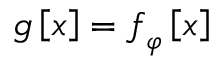
\boldsymbol { \mathscr { g } } \left[ \mathcal { x } \right] = \boldsymbol { \mathscr { f } } _ { \varphi } \left[ \mathcal { x } \right]